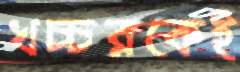
খচ্চরকেই